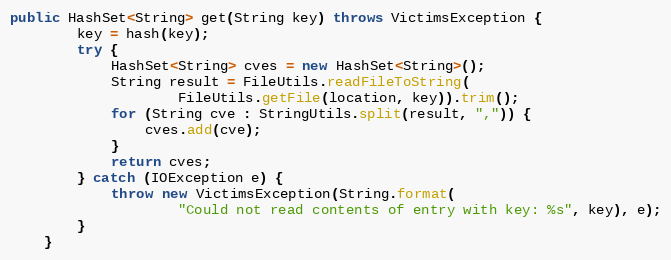
Language: Java
public HashSet<String> get(String key) throws VictimsException {
        key = hash(key);
        try {
            HashSet<String> cves = new HashSet<String>();
            String result = FileUtils.readFileToString(
                    FileUtils.getFile(location, key)).trim();
            for (String cve : StringUtils.split(result, ",")) {
                cves.add(cve);
            }
            return cves;
        } catch (IOException e) {
            throw new VictimsException(String.format(
                    "Could not read contents of entry with key: %s", key), e);
        }
    }